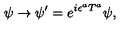
\psi \rightarrow \psi ^ { \prime } = e ^ { i \epsilon ^ { a } T ^ { a } } \psi ,